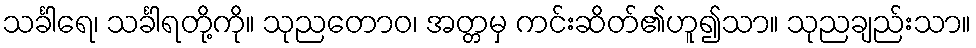
သင်္ခါရေ၊ သင်္ခါရတို့ကို။ သုညတောဝ၊ အတ္တမှ ကင်းဆိတ်၏ဟူ၍သာ။ သုညချည်းသာ။